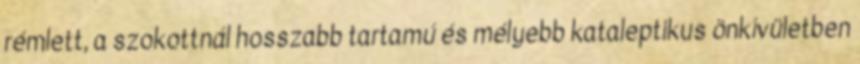
rémlett, a szokottnál hosszabb tartamú és mélyebb kataleptikus önkívületben